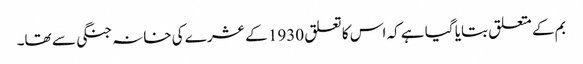
بم کے متعلق بتایا گیا ہے کہ اس کا تعلق 1930 کے عشرے کی خانہ جنگی سے تھا۔